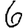
Digit: 6